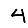
Digit: 4